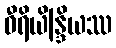
ဝီရိယိန္ဒြိယဿ